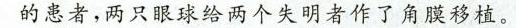
的患者，两只眼球场两个失明者作了角膜移植。